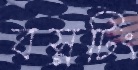
বস্নটিং